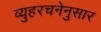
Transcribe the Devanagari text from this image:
व्युहरचनेनुसार